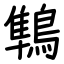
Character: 鶽